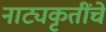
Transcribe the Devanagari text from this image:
नाट्यकृतींचे